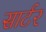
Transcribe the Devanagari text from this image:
सार्टर